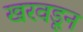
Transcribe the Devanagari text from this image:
खरवडून